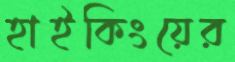
হাইকিংয়ের